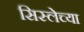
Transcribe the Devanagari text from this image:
सिस्लेच्या